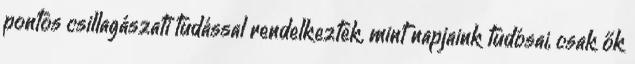
pontos csillagászati tudással rendelkeztek, mint napjaink tudósai, csak ők